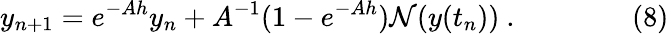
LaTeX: y_{n+1}=e^{-Ah}y_{n}+A^{-1}(1-e^{-Ah}){\mathcal{N}}(y(t_{n}))\ .\qquad\qquad(8)